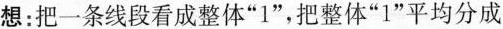
想：把一条线段看成整体”1”，把整体”1”平均分成